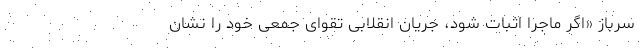
سرباز «‌اگر ماجرا اثبات شود، جریان انقلابی تقوای جمعی خود را نشان